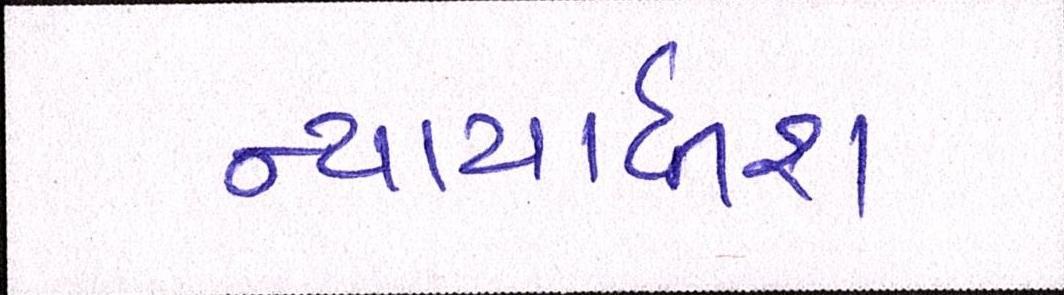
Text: ન્યાયાધિશ